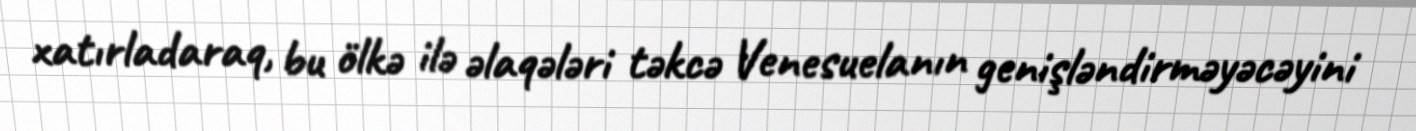
xatırladaraq, bu ölkə ilə əlaqələri təkcə Venesuelanın genişləndirməyəcəyini